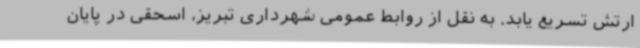
ارتش تسریع یابد. به نقل از روابط عمومی شهرداری تبریز، اسحقی در پایان